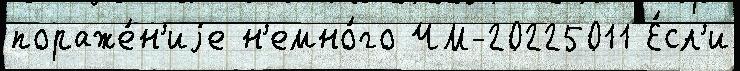
пораже́н'иjе н'емно́го ЧМ-20225011 Е́сл'и